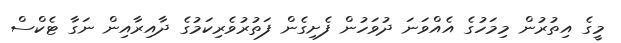
މީގެ އިތުރުން މިމަހުގެ އެއްވަނަ ދުވަހުން ފެށިގެން ފަތުރުވެރިކަމުގެ ދާއިރާއިން ނަގާ ޓެކްސް